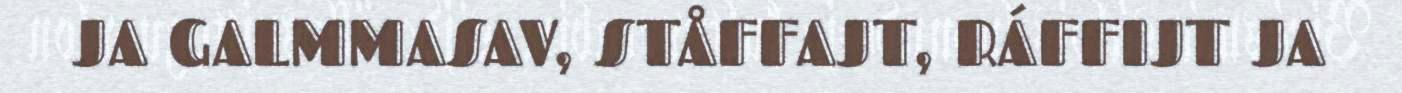
JA GALMMASAV, STÅFFAJT, RÁFFIJT JA